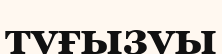
туғызуы